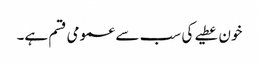
خون عطیے کی سب سے عمومی قسم ہے۔